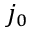
j _ { 0 }